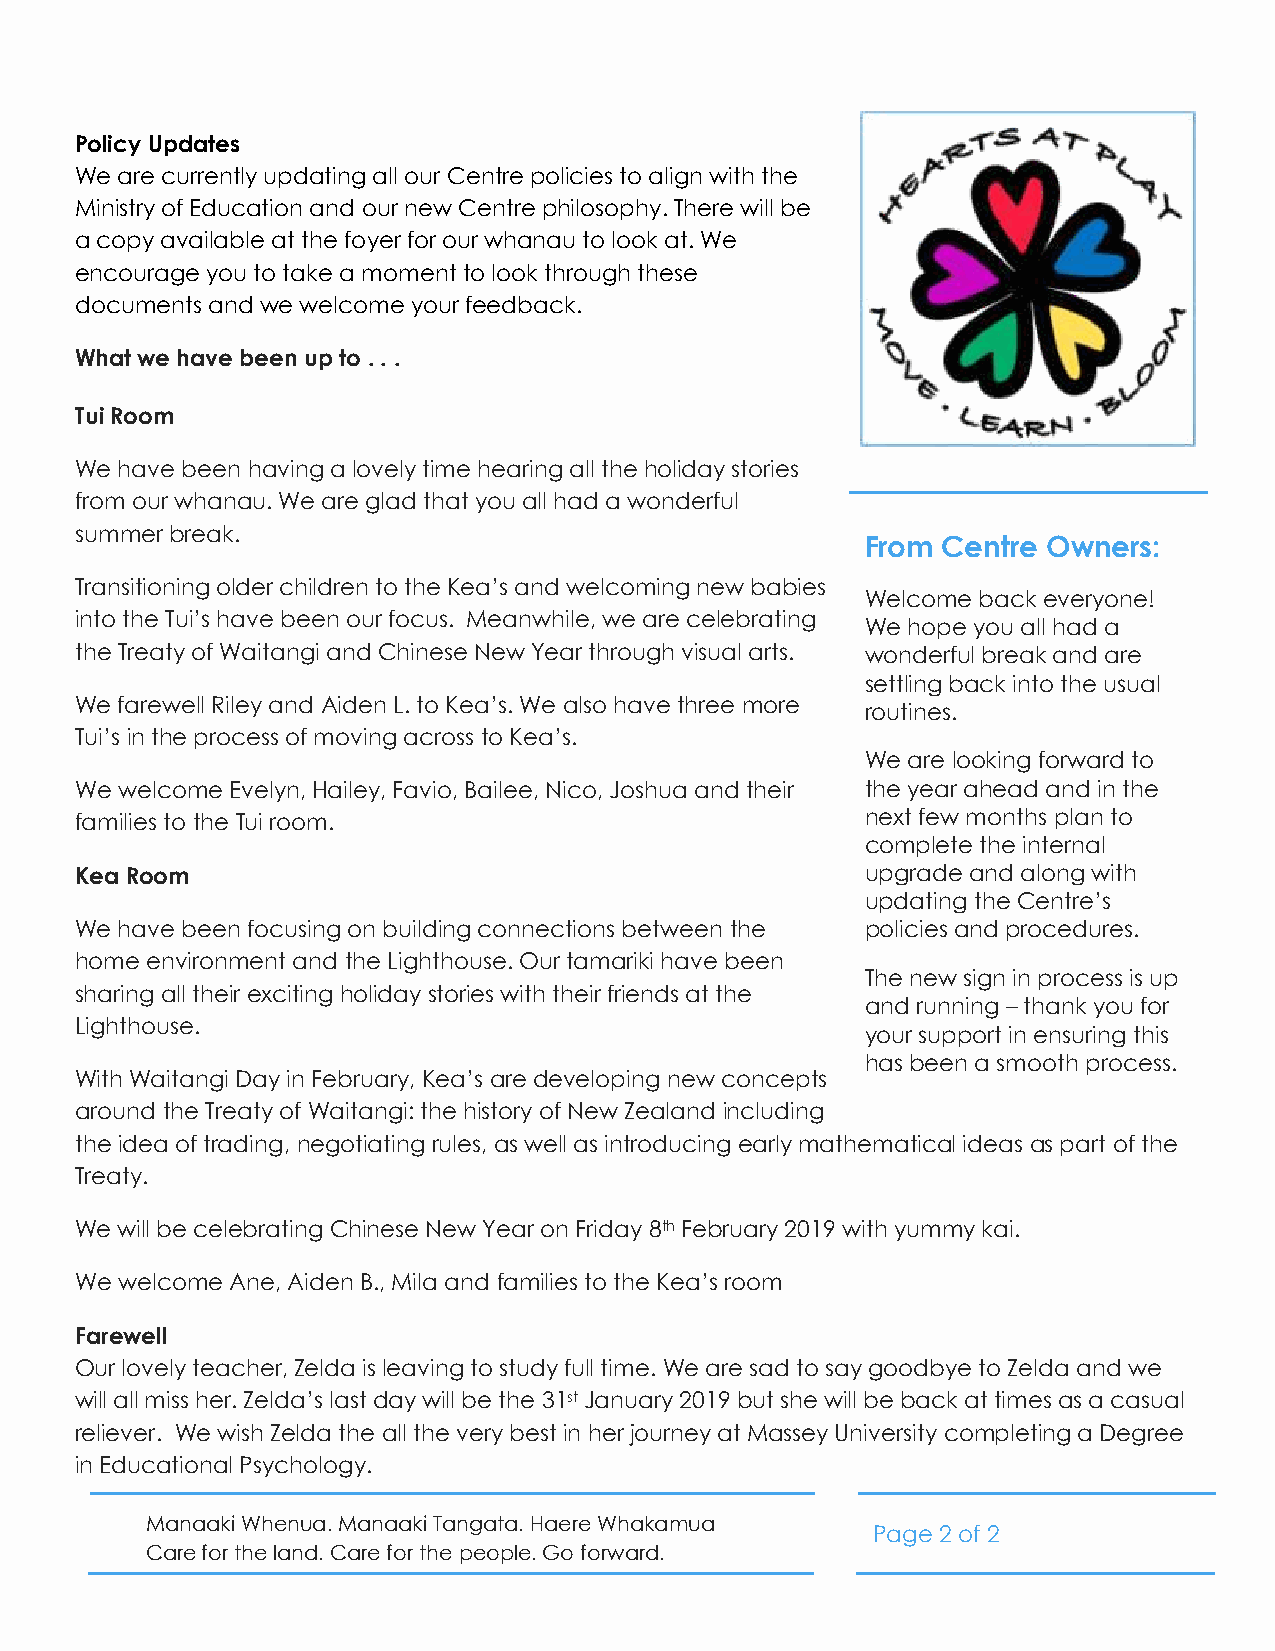
Policy Updates
 We are currently updating all our Centre policies to align with the
 Ministry of Education and our new Centre philosophy. There will be
 a copy available at the foyer for our whanau to look at. We
 encourage you to take a moment to look through these
 documents and we welcome your feedback.
 What we have been up to . . .
 Tui Room
 We have been having a lovely time hearing all the holiday stories
 from our whanau. We are glad that you all had a wonderful
 summer break.
 From Centre Owners:
 Transitioning older children to the Kea’s and welcoming new babies
 Welcome back everyone!
 into the Tui’s have been our focus. Meanwhile, we are celebrating
 We hope you all had a
 the Treaty of Waitangi and Chinese New Year through visual arts. wonderful break and are
 settling back into the usual
 We farewell Riley and Aiden L. to Kea’s. We also have three more
 routines.
 Tui’s in the process of moving across to Kea’s.
 We are looking forward to
 We welcome Evelyn, Hailey, Favio, Bailee, Nico, Joshua and their the year ahead and in the
 families to the Tui room.                           next few months plan to
 complete the internal
 Kea Room                                            upgrade and along with
 updating the Centre’s
 We have been focusing on building connections between the policies and procedures.
 home environment and the Lighthouse. Our tamariki have been
 The new sign in process is up
 sharing all their exciting holiday stories with their friends at the
 and running – thank you for
 Lighthouse.
 your support in ensuring this
 has been a smooth process.
 With Waitangi Day in February, Kea’s are developing new concepts
 around the Treaty of Waitangi: the history of New Zealand including
 the idea of trading, negotiating rules, as well as introducing early mathematical ideas as part of the
 Treaty.
 We will be celebrating Chinese New Year on Friday 8th February 2019 with yummy kai.
 We welcome Ane, Aiden B., Mila and families to the Kea’s room
 Farewell
 Our lovely teacher, Zelda is leaving to study full time. We are sad to say goodbye to Zelda and we
 will all miss her. Zelda’s last day will be the 31st January 2019 but she will be back at times as a casual
 reliever. We wish Zelda the all the very best in her journey at Massey University completing a Degree
 in Educational Psychology.
 Manaaki Whenua. Manaaki Tangata. Haere Whakamua
 Page 2 of 2
 Care for the land. Care for the people. Go forward.